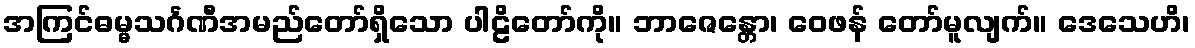
အကြင်ဓမ္မသင်္ဂဏီအမည်တော်ရှိသော ပါဠိတော်ကို။ ဘာဇေန္တော၊ ဝေဖန် တော်မူလျက်။ ဒေသေဟိ၊